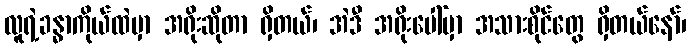
လူရဲ့ခန္ဓာကိုယ်ထဲမှာ အရိုးဆိုတာ ရှိတယ်၊ အဲဒီ အရိုးပေါ်မှာ အသားစိုင်တွေ ရှိတယ်နော်၊